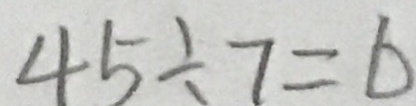
4 5 \div 7 = 6